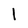
Character: 1